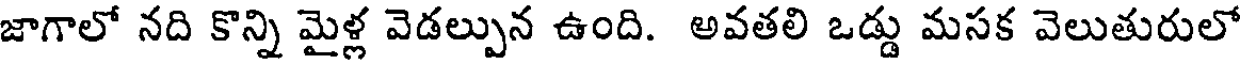
జాగాలో నది కొన్ని మైళ్ల వెడల్పున ఉంది. అవతలి ఒడ్డు మసక వెలుతురులో